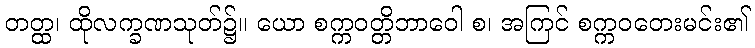
တတ္ထ၊ ထိုလက္ခဏသုတ်၌။ ယော စက္ကဝတ္တိဘာဝေါ စ၊ အကြင် စက္ကဝတေးမင်း၏